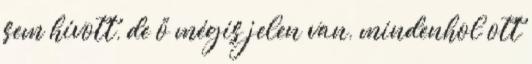
sem hívott, de ő mégis jelen van, mindenhol ott